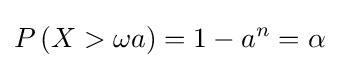
P\left(X>\omega a\right)=1-a^{n}=\alpha